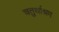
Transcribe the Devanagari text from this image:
चतुर्थाश्रम